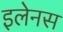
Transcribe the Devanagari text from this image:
इलेनस